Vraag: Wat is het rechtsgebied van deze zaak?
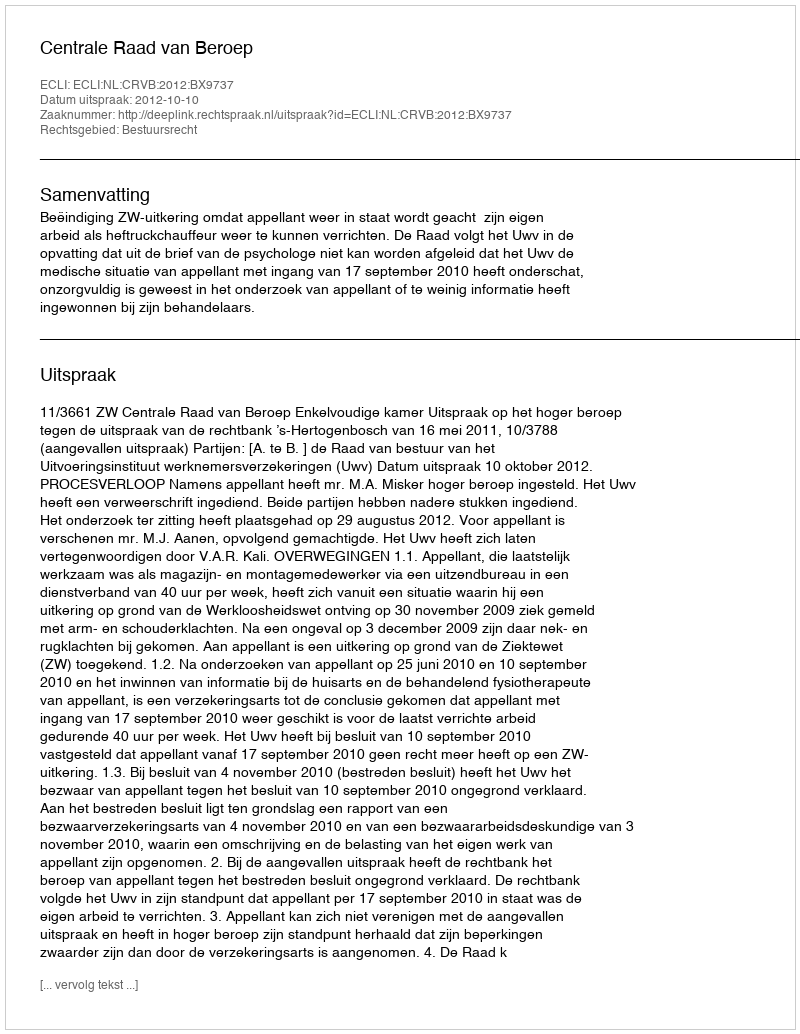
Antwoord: Bestuursrecht